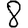
Digit: 8